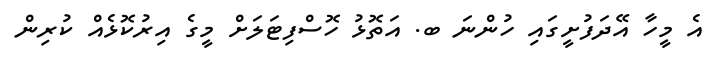
އެ މީހާ އޭދަފުށީގައި ހުންނަ ބ. އަތޮޅު ހޮސްފިޓަލަށް މީގެ އިރުކޮޅެއް ކުރިން